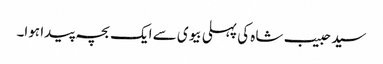
سید حبیب شاہ کی پہلی بیوی سے ایک بچہ پیدا ہوا۔